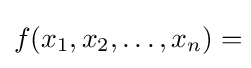
f(x_{1},x_{2},\ldots ,x_{n})=\!